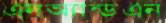
এনঅ্যান্ডএন